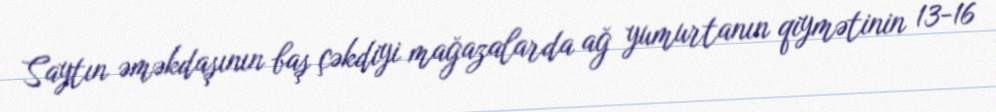
Saytın əməkdaşının baş çəkdiyi mağazalarda ağ yumurtanın qiymətinin 13-16